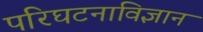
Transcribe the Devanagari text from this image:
परिघटनाविज्ञान